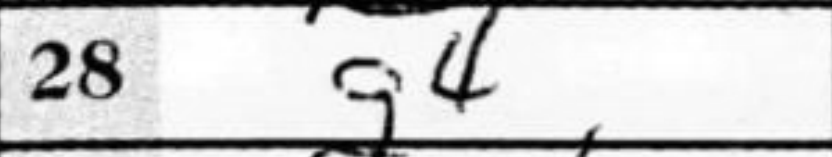
Transcription: g4